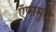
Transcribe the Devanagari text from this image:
ऍप्समुळे